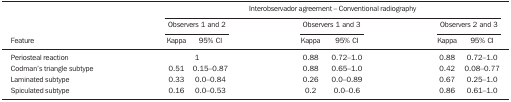
<table><thead><tr><td colspan="7"><b>Interobservador agreement – Conventionalradiography</b></td></tr><tr><td><b> </b></td><td colspan="2"><b>Observers 1 and 2</b></td><td colspan="2"><b>Observers 1 and 3</b></td><td colspan="2"><b>Observers 2 and 3</b></td></tr><tr><td><b>Feature</b></td><td><b>Kappa</b></td><td><b>95% CI</b></td><td><b>Kappa</b></td><td><b>95% CI</b></td><td><b>Kappa</b></td><td><b>95% CI</b></td></tr></thead><tbody><tr><td>Periosteal reaction</td><td> </td><td>1</td><td>0.88</td><td>0.72–1.0</td><td>0.88</td><td>0.72–1.0</td></tr><tr><td>Codman’s triangle subtype</td><td>0.51</td><td>0.15–0.87</td><td>0.88</td><td>0.65–1.0</td><td>0.42</td><td>0.08–0.77</td></tr><tr><td>Laminated subtype</td><td>0.33</td><td>0.0–0.84</td><td>0.26</td><td>0.0–0.89</td><td>0.67</td><td>0.25–1.0</td></tr><tr><td>Spiculated subtype</td><td>0.16</td><td>0.0–0.53</td><td>0.2</td><td>0.0–0.6</td><td>0.86</td><td>0.61–1.0</td></tr></tbody></table>